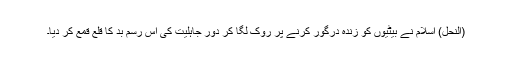
(النحل) اسلام نے بیٹیوں کو زندہ درگور کرنے پر روک لگا کر دورِ جاہلیت کی اس رسمِ بد کا قلع قمع کر دیا۔